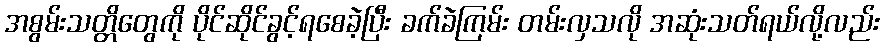
အစွမ်းသတ္တိတွေကို ပိုင်ဆိုင်ခွင့်ရစေခဲ့ပြီး ခက်ခဲကြမ်း တမ်းလှသလို အဆုံးသတ်ရယ်လို့လည်း